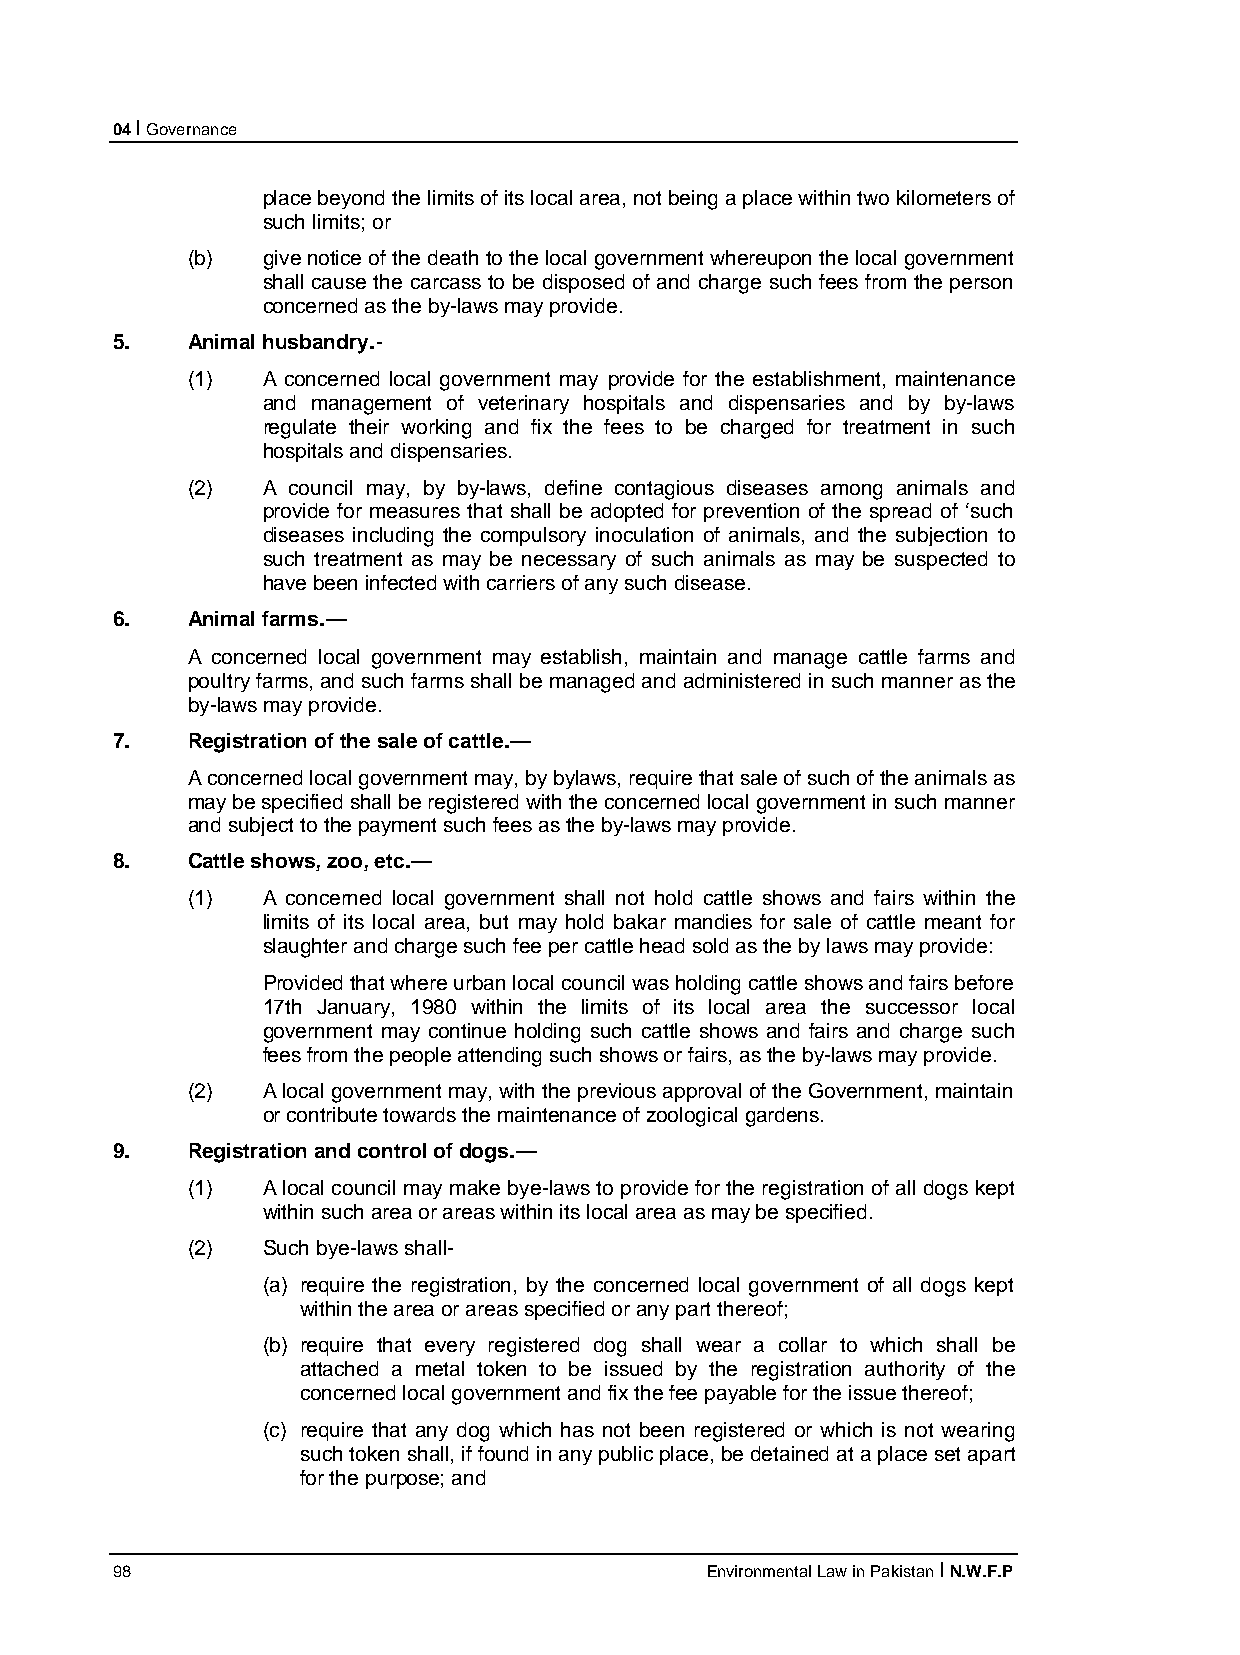
04 I Governance
 place beyond the limits of its local area, not being a place within two kilometers of
 such limits; or
 (b)  give notice of the death to the local government whereupon the local government
 shall cause the carcass to be disposed of and charge such fees from the person
 concerned as the by-laws may provide.
 5.   Animal husbandry.-
 (1)  A concerned local government may provide for the establishment, maintenance
 and management of veterinary hospitals and dispensaries and by by-laws
 regulate their working and fix the fees to be charged for treatment in such
 hospitals and dispensaries.
 (2)  A council may, by by-laws, define contagious diseases among animals and
 provide for measures that shall be adopted for prevention of the spread of ‘such
 diseases including the compulsory inoculation of animals, and the subjection to
 such treatment as may be necessary of such animals as may be suspected to
 have been infected with carriers of any such disease.
 6.   Animal farms.—
 A concerned local government may establish, maintain and manage cattle farms and
 poultry farms, and such farms shall be managed and administered in such manner as the
 by-laws may provide.
 7.   Registration of the sale of cattle.—
 A concerned local government may, by bylaws, require that sale of such of the animals as
 may be specified shall be registered with the concerned local government in such manner
 and subject to the payment such fees as the by-laws may provide.
 8.   Cattle shows, zoo, etc.—
 (1)  A concerned local government shall not hold cattle shows and fairs within the
 limits of its local area, but may hold bakar mandies for sale of cattle meant for
 slaughter and charge such fee per cattle head sold as the by laws may provide:
 Provided that where urban local council was holding cattle shows and fairs before
 17th January, 1980 within the limits of its local area the successor local
 government may continue holding such cattle shows and fairs and charge such
 fees from the people attending such shows or fairs, as the by-laws may provide.
 (2)  A local government may, with the previous approval of the Government, maintain
 or contribute towards the maintenance of zoological gardens.
 9.   Registration and control of dogs.—
 (1)  A local council may make bye-laws to provide for the registration of all dogs kept
 within such area or areas within its local area as may be specified.
 (2)  Such bye-laws shall-
 (a) require the registration, by the concerned local government of all dogs kept
 within the area or areas specified or any part thereof;
 (b) require that every registered dog shall wear a collar to which shall be
 attached a metal token to be issued by the registration authority of the
 concerned local government and fix the fee payable for the issue thereof;
 (c) require that any dog which has not been registered or which is not wearing
 such token shall, if found in any public place, be detained at a place set apart
 for the purpose; and
 98                                      Environmental Law in Pakistan I N.W.F.P